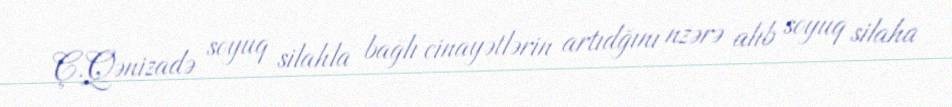
Ç.Qənizadə soyuq silahla bağlı cinayətlərin artıdğını nzərə alıb soyuq silaha